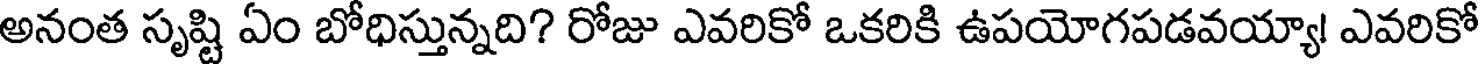
అనంత సృష్టి ఏం బోధిస్తున్నది? రోజు ఎవరికో ఒకరికి ఉపయోగపడవయ్యా! ఎవరికో